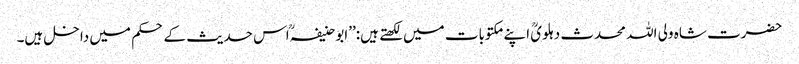
حضرت شاہ ولی اللہ محدث دہلویؒ اپنے مکتوبات میں لکھتے ہیں:’’ابو حنیفہؒ اس حدیث کے حکم میں داخل ہیں۔